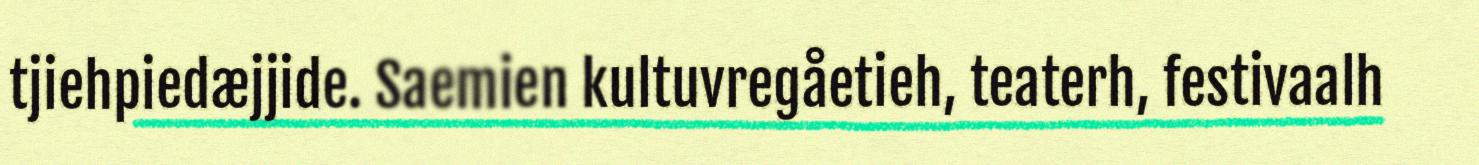
tjiehpiedæjjide. Saemien kultuvregåetieh, teaterh, festivaalh